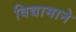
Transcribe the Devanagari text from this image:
विद्यामाने